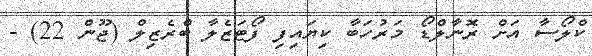
ކްލޯސާ އަށް ރޮނާލްޑޯ މަރުހަބާ ކިޔައިފި ފޯޓަޒެލާ ބްރެޒިލް (ޖޫން 22) -